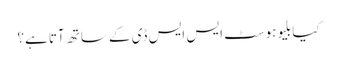
کیا بلیوہوسٹ ایس ایس ڈی کے ساتھ آتا ہے؟